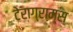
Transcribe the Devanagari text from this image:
टेराग्राम्स